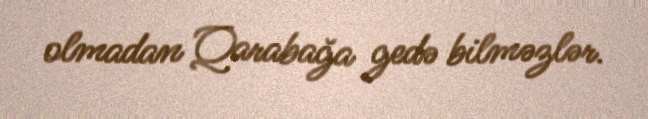
olmadan Qarabağa gedə bilməzlər.